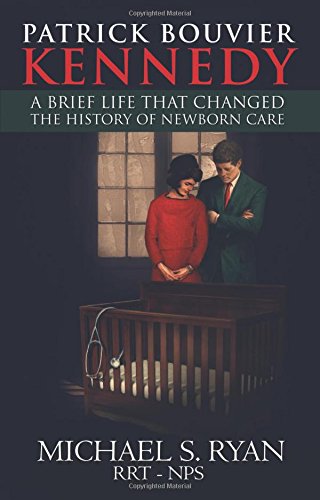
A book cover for Patrick Bouvier Kennedy: A Brief Life That Changed the History of Newborn Care; Michael S. Ryan RRT- NPS; Medical Books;